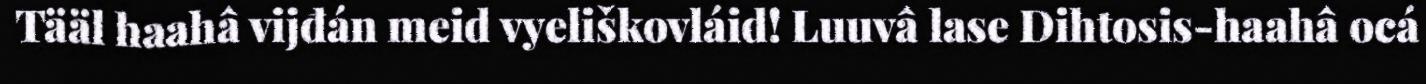
Tääl haahâ vijđán meid vyeliškovláid! Luuvâ lase Dihtosis-haahâ ocá